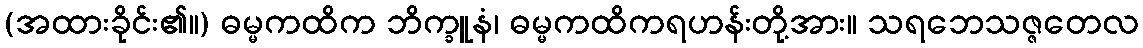
(အထားခိုင်း၏။) ဓမ္မကထိက ဘိက္ခူနံ၊ ဓမ္မကထိကရဟန်းတို့အား။ သရဘေသဇ္ဇတေလ